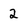
Character: 2